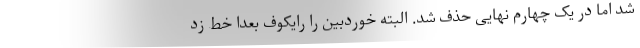
شد اما در یک چهارم نهایی حذف شد. البته خوردبین را رایکوف بعدا خط زد